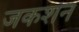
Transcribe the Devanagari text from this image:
जकशन